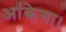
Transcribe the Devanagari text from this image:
आंकेगा।